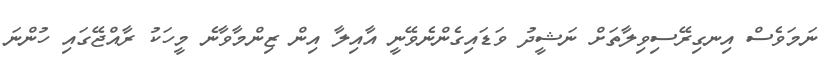
ނަމަވެސް އިނގިރޭސިވިލާތަށް ނަޝީދު ވަޑައިގެންނެވޭނީ އާއިލާ އިން ޒިންމާވާނެ މީހަކު ރާއްޖޭގައި ހުންނަ